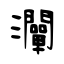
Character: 灛